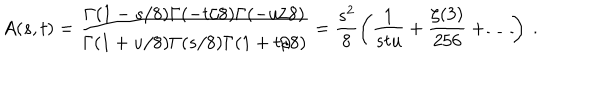
A ( s , t ) = \frac { \Gamma ( 1 - s / 8 ) \Gamma ( - t / 8 ) \Gamma ( - u / 8 ) } { \Gamma ( 1 + u / 8 ) \Gamma ( s / 8 ) \Gamma ( 1 + t / 8 ) } = \frac { s ^ { 2 } } { 8 } \left( \frac { 1 } { s t u } + \frac { \zeta ( 3 ) } { 2 5 6 } + \dots \right) \ .